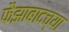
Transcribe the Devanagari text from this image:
फैझाबादच्या